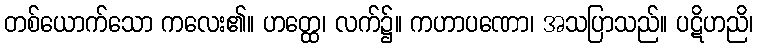
တစ်ယောက်သော ကလေး၏။ ဟတ္ထေ၊ လက်၌။ ကဟာပဏော၊ အသပြာသည်။ ပဋိဟညိ၊